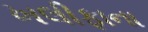
ખલીફાના